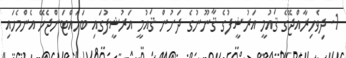
1. ދިވެހިރާއްޖޭގެ ޤައުމީ އަރުޝީފުގެ ޤާނޫނުގެ ދަށުން ޤައުމީ އަރުޝީފުގައި ބަހައްޓަންޖެހޭ އެންމެހައި